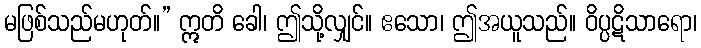
မဖြစ်သည်မဟုတ်။” ဣတိ ခေါ၊ ဤသို့လျှင်။ ဧသော၊ ဤအယူသည်။ ဝိပ္ပဋိသာရော၊